Annual statistical returns and brief notes on vaccination in Bengal - 1909-1929
Year: 1909
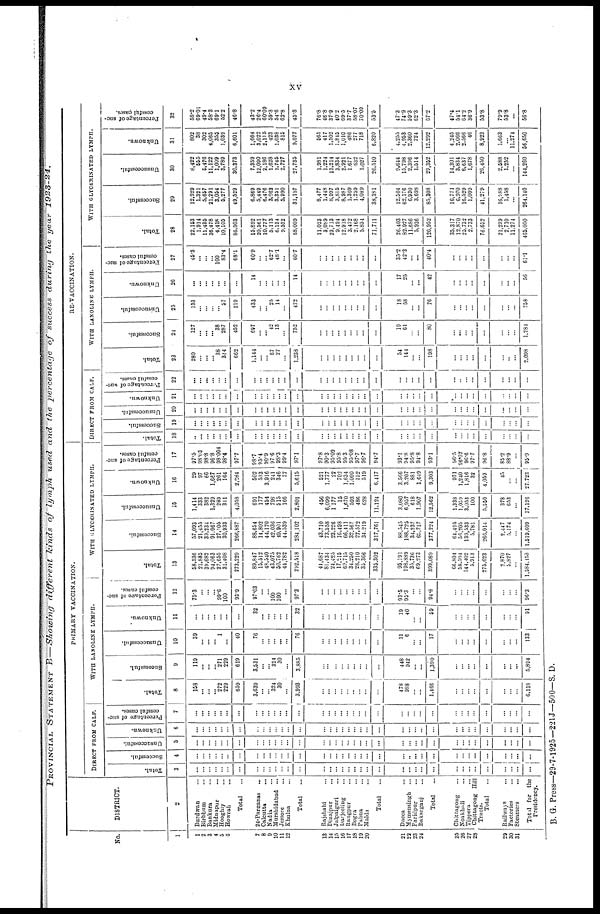
xv
PROVINCIAL STATEMENT B—Showing different
kinds of lymph used and the percentage
of success during
the year
1923-24.
No.
1
1
2
3
4
5
6
7
8
9
10
11
12
13
14
15
16
17
18
10
20
21
22
23
24
25
26
27
28
29
30
31
DISTRICT.
2
Burdwan... ...
Birbhum... ...
Bankura... ...
Midnapur...
Hooghly... Howrah
...
Total...
24-Parganas...
Calcutta...
Nadia...
Murshidabad... Jessore...
Khulna...
Total...
Rajshahi...
Dinajpur...
Jalpaiguri...
Darjeeling...
Rangpur...
Bogra...
Pabna...
Malda...
Total...
Dacca...
Mymensingh...
Faridpur...
Bakurganj...
Total...
Chittagong...
Noakhali...
Tippera...
Chittagong Hill
Tract.
Total...
Railways...
Factories...
Steamers...
Total for the
Presidency.
PRIMARY VACCINATION.
DIRECT FROM CALF.
Total.
3
...
...
...
...
...
...
...
...
...
...
...
...
...
...
...
...
...
...
...
...
...
...
...
...
...
...
...
...
...
...
...
...
...
...
...
...
...
Successful.
4
...
...
...
...
...
...
...
...
...
...
...
...
...
...
...
...
...
...
...
...
...
...
...
...
..
...
...
...
...
...
...
...
...
...
...
...
...
Unsuccessful.
5
...
...
...
...
...
...
...
...
...
...
...
...
...
...
...
...
...
...
...
...
...
...
...
...
...
...
...
...
...
...
...
...
...
...
...
...
...
Unknown.
6
...
...
...
...
...
...
...
...
...
...
...
...
...
...
...
...
...
...
...
...
...
...
...
...
...
...
...
...
...
...
...
...
...
...
...
...
...
Percentage of suc-
cessful cases.
7
...
...
...
...
...
...
...
...
...
...
...
...
...
...
...
...
...
...
...
...
...
...
...
...
...
...
...
...
...
...
...
...
...
...
...
...
...
WITH LANOLINE LYMPH.
Total.
8
158
...
...
... 272
229
659
3,639
...
... 324
30
...
3,993
...
...
...
...
... ...
...
...
...
478
988
...
...
1,466
...
...
...
...
...
...
...
...
6,118
Successful.
9
119
...
...
... 271
229
619
3,531
...
... 324
30
...
3,885
...
...
...
...
...
...
...
...
...
448
942
...
...
1,390
...
...
...
...
...
...
...
...
5,894
Unsuccessful.
10
39
...
...
... 1
...
40
76
...
... ...
...
...
76
...
...
...
...
...
...
...
...
...
11
6
...
...
17
...
...
...
...
...
...
...
...
133
Unknown.
11
...
...
...
...
... ...
...
32
...
...
... ...
...
32
...
...
...
...
...
...
...
...
...
19
40
...
...
59
...
...
...
...
...
...
...
...
91
Percentage of suc-
cessful cases.
12
75.3
...
...
... 99.6
100
93.9
97.03
...
... 100
100
...
97.3
...
...
...
...
...
...
...
...
...
93.5
9
...
...
94.8
...
...
...
...
...
...
...
...
96.3
WITH GLYCERINATED LYMPH.
Total.
13
58,536
21,885
39,682
94,063
27,655
31,408
273,229
89,847
15,512
... 43,075
50,762
44,782
292,518
44,687
81,434
24,425
17,215
69,715
34,250
28,210
35,366
335,302
95,191
198,889 35,736
69,273
399,089
66,804
58,504
144,402
5,913
275,623
2,870
5,827
...
1,584,153
Successful.
14
57,093
21,455
39,234
91,067
27,105
30,933
266,887
88,654
14,802
44,170
42,036
49,901
44,539
284,102
43,710
73,558
23,226
16,498
66,411
32,567
27,572
34,219
317,761
88,545
188,725
34,237
65,717
377,224
64,495
56,205
139,533
5,781
266,014
2,447
5,174
...
1,519,609
Unsuccessful.
15
1,414
333
382
1,329
289
311
4,058
691
177
454
798
515
166
2,801
456
6,099
1,177
15
1,670
593
486
628
11,124
3,080
6,957
618
1,907
12,562
1,338
1,059
3,053
100
5,550
378
653
...
37,126
Unknown.
16
29
97
66
1,667
261
164
2,784
502
533
3,916
241
346
77
5,615
521
1,777
22
702
1,634
1,090
152
519
6,417
3,566
3,207
881
1,649
9,303
971
1,240
1,816
32
4,059
45
...
...
27,723
Percentage of suc-
cessful cased.
17
97.5
98.03
98.8
96.8
98.004
98.4
97.7
98.7
95.4
90.9
97.6
98.3
99.4
97.1
97.8
90.3
95.09
95.8
95.3
95.08
97.7
96.7
94.7
93.1
94.8
95.8
94.8
93.1
96.5
96.07
96.6
97.7
96.8
85.2
88.9
...
95.9
RE-VACCINATION.
DIRECT FROM CALF.
Total.
18
...
...
...
...
...
...
...
...
...
...
...
...
...
...
...
...
...
...
...
...
...
...
...
...
...
...
...
...
...
...
...
...
...
...
...
...
...
Successful.
19
...
...
...
...
...
...
...
...
...
...
...
...
...
...
...
...
...
...
...
...
...
...
...
...
...
...
...
...
...
...
...
...
...
...
...
...
...
Unsuccessful.
20
...
...
...
...
...
...
...
...
...
...
...
...
...
...
...
...
...
...
...
...
...
...
...
...
...
...
...
...
...
...
...
...
...
...
...
...
...
Unknown.
21
...
...
...
...
...
......
...
...
...
...
...
...
...
...
...
...
...
...
...
...
...
...
...
...
...
...
...
...
...
...
...
...
...
...
...
...
...
Percentage
of suc-
cessful cases.
22
...
...
...
...
...
...
...
...
...
...
...
...
...
...
...
...
...
...
...
...
...
...
...
...
...
...
...
...
...
...
...
...
...
...
...
...
...
WITH LANOLINE LYMPH.
Total.
23
280
...
...
... 38
344
662
1,144
...
... 67
27
...
1,238
...
...
...
...
...
...
...
...
...
54
144
...
...
198
...
...
...
...
...
...
...
...
2,098
Successful.
24
127
...
...
... 38
287
452
697
...
... 42
13
...
752
...
...
...
...
...
...
...
...
...
19
61
...
...
80
...
...
...
...
...
...
...
...
1,281
Unsuccessful.
25
153
...
...
...
... 57
210
433
...
... 25
14
...
472
...
...
...
...
...
...
...
...
...
18
58
...
...
76
...
...
...
...
...
...
...
...
758
Unknown.
26
...
...
...
...
...
...
...
14
...
...
...
...
...
14
...
...
...
...
...
...
...
...
...
17
25
...
...
42
...
...
...
...
...
...
...
...
56
Percentage of suc-
cessful cases.
27
46.3
...
...
... 100
83.4
68.1
60.9
...
... 62.7
48.1
...
60.7
...
...
...
...
...
...
...
...
...
35.2
42.3
...
...
40.4
...
...
...
...
...
...
...
...
61.1
WITH GLYCERINATED LYMPH.
Total.
28
22,153
1,914
11,435
36,478
4,418
10,105
86,503
15,892
20,561
10,777
5,113
6,134
9,532
68,009
11,033
3,089
23,713
9,494
12,918
3,472
2,168
5,834
71,711
26,403
82,927
11,686
5,936
126,952
35,317
12,870
25,732
2,733
76,652
21,239
2,710
11,274
465,050
Successful.
29
12,929
1,321
5,657
21,291
3,054
5,277
49,529
6,869
5,449
... 3,062
3,351
5,990
31,197
8,477
1,448
8,997
3,815
8,987
1,309
1,259
4,089
38,381
12,504
... 6,930
3,698
85,308
16,771
6,970
16,529
1,009
41,279
16,488
1,458
...
264,140
Unsuccessful.
30
8,422
555
5,476
11,122
1,009
3,789
30,373
7,359
12,090
2,186
1,628
1,745
2,727
27,735
1,081
1,224
13,214
3,834
2,921
1,677
632
1,027
26,510
9,644
... 2,396
1,514
29,352
14,301
3,834
6,637
1,678
26,450
2,588
1,252
...
144,260
Unknown.
31
802
38
302
4,065
355
1,039
6,601
1,664
3,022
2,115
423
1,038
815
9,077
565
417
1,502
1,845
1,010
486
277
718
6,820
4,255
... 2,360
724
12,292
4,245
2,066
2,566
46
8,923
1,663
...
11,274
56,650
Percentage of suc-
cessful cases.
32
58.2
69.01
49.4
58.3
69.1
52.2
46.8
43.2
26.4
60.09
59.3
54.6
62.8
45.8
76.8
46.8
37.9
40.2
69.5
37.7
58.07
70.09
53.5
47.3
... 59.3
62.3
67.2
47.4
54.1
64.2
36.9
53.8
79.9
53.8
...
56.8
B. G. Press—29-7-1925-221J—500—S. D.